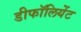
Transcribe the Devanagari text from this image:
डीफॉलियेंट